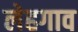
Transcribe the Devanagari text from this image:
लेहगाव